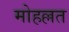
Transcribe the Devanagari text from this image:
मोहल्लत